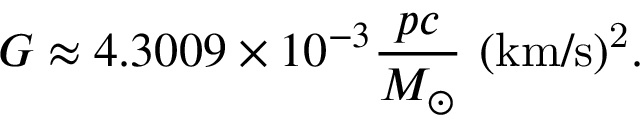
G \approx 4 . 3 0 0 9 \times 1 0 ^ { - 3 } \mathrm { { } } { \frac { p c } { M _ { \odot } } } \mathrm { { \ ( k m / s ) ^ { 2 } } } .